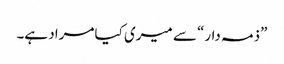
”ذمہ دار“ سے میری کیا مراد ہے۔